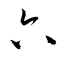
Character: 六